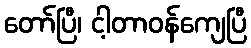
တော်ပြီ၊ ငါ့တာဝန်ကျေပြီ